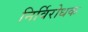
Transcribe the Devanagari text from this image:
निर्विरोधक